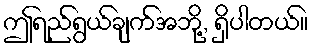
ဤရည်ရွယ်ချက်အဘို့, ရှိပါတယ်။